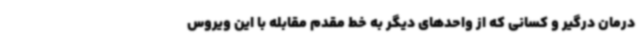
درمان درگیر و کسانی که از واحدهای دیگر به خط مقدم مقابله با این ویروس